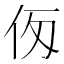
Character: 𠇢